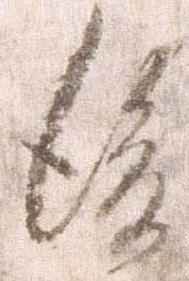
後